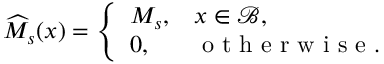
\begin{array} { r } { \widehat { M } _ { s } ( { \boldsymbol { x } } ) = \left\{ \begin{array} { l l } { M _ { s } , } & { { \boldsymbol { x } } \in { \mathcal { B } } , } \\ { 0 , } & { \mathrm { ~ o ~ t ~ h ~ e ~ r ~ w ~ i ~ s ~ e ~ } . } \end{array} \right. } \end{array}